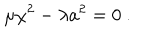
LaTeX: \mu \chi ^ { 2 } - \lambda a ^ { 2 } = 0 ~ .